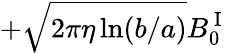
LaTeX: +\sqrt{2\pi\eta\ln(b/a)}B_{0}^{\mathrm{~I~}}